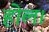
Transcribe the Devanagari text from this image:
होल।